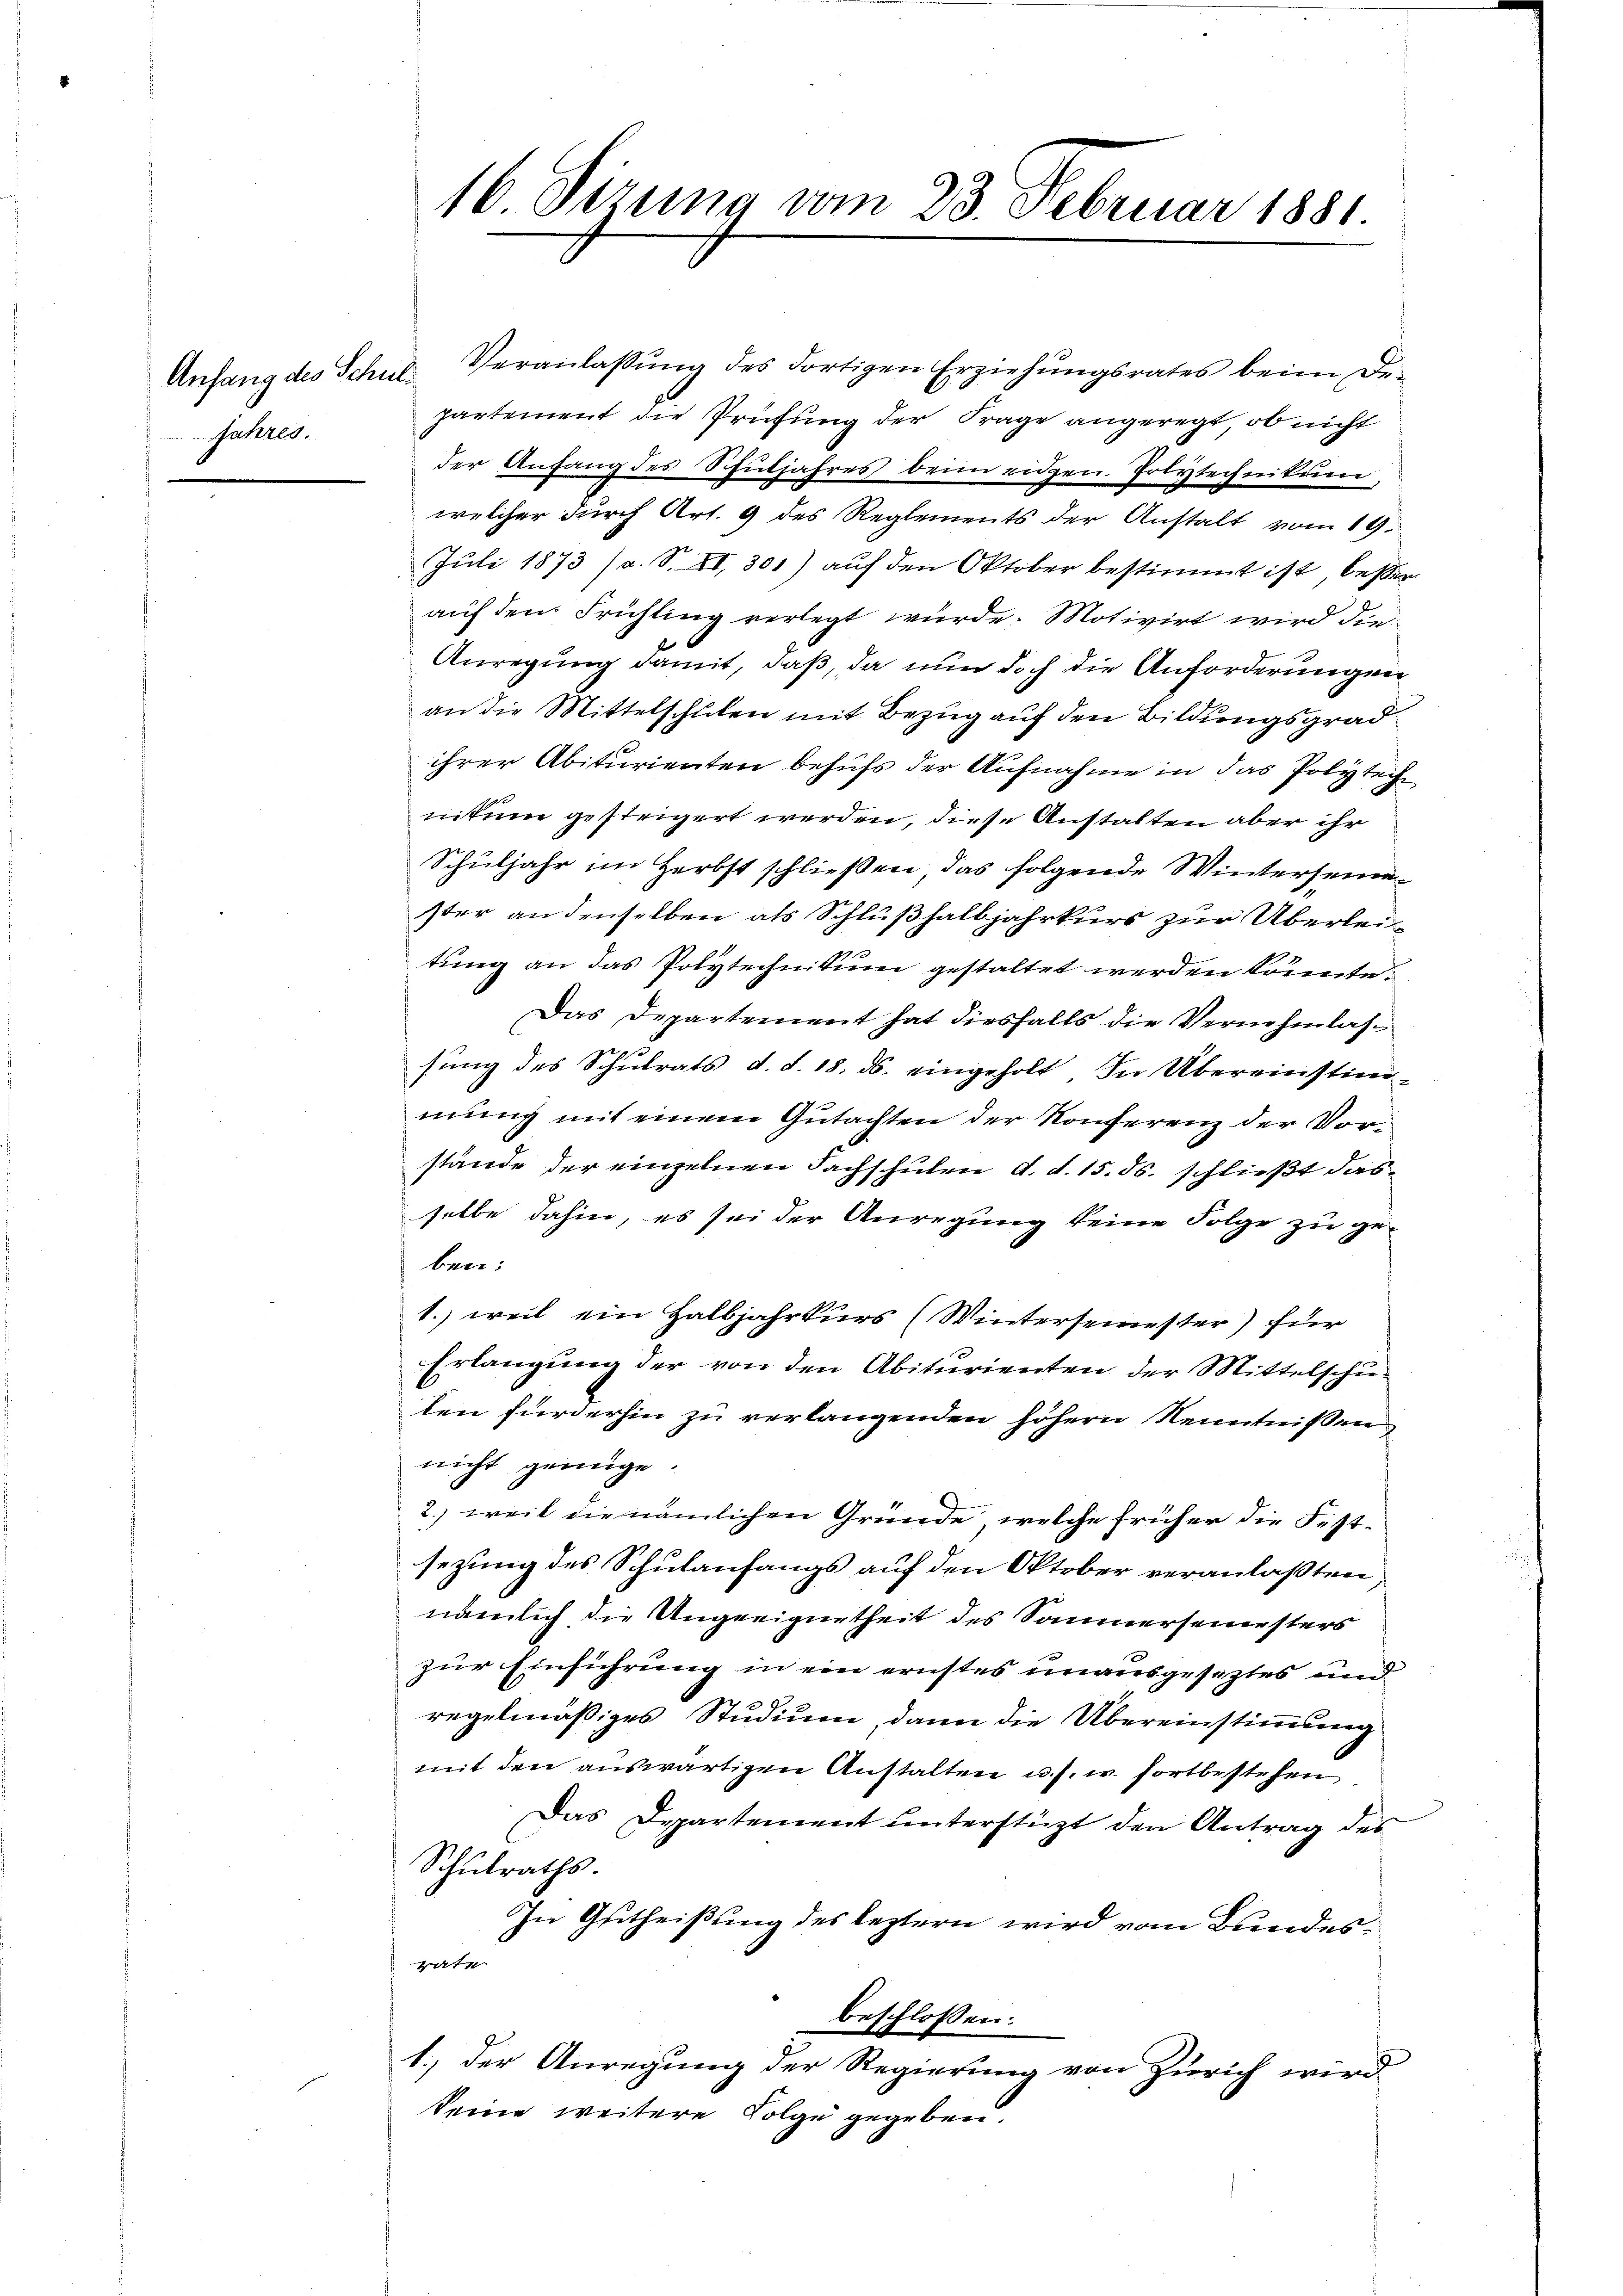
Anfang des Schul¬
Jahres.

16. Sizung vom 23. Februar 1881

Veranlaβŭng des dortigen Erziehŭngsrates beim De-
partement die Prüfung der Frage angeregt, ob nicht
der Anfang des Schuljahres beim eidgen. Polytechnikum
welcher durch Art. 9 des Reglements der Anstalt vom 19.
Juli 1873 (s. S. II, 301) auf den Oktober bestimmt ist, besser
auf den Frühling verlegt wurde. Motivirt wird die
Anregung damit, daß, da nun doch die Anforderungen
an die Mittelschulen mit Bezug auf den Bildungsgrad
ihrer Abiturienten behufs der Aufnahme in das Polytech
nitum gesteigert werden, diese Anstalten aber ihr
Schuljahr im Herbst schließen, das folgende Wintersemester an denselben als Schlußhalbjahrkurs zur Überleittung an das Polytechnikum gestaltet werden könnte.
Das Departement hat diesfalls die Vernehmlassŭng des Schŭlrats d. d. 18. ds. eingeholt. In Übereinstim-
mung mit einem Gutachten der Konferenz der Vorstände der einzelnen Fachschulen d. d. 15. ds. schließt dasselbe dahin, es sei der Anregung keine Folge zu ge-
ben:
1.) weil ein Halbjahrkurs (Wintersemester) für
Erlangung der von den Abiturienten der Mittelschulen fürderhin zu verlangenden höhern Kenntnißen,
nicht genüge
2.) weil die nämlichen Gründe, welche früher die Festsezung des Schulanfangs auf den Oktober veranlaßten
nämlich die Angeeiguetheit des Saunerseinesters
zur Einführung in ein ernstes unausgesetztes und
regelmäßiges Studium, dann die Übereinstimmung
mit den auswärtigen Anstalten u. s. w. fortbestehen
Das Departement unterstüzt den Antrag des
Schŭlraths.
In Gutheißung des leztern wird vom Bundesrate.
beschlossen:
1.) Der Anregung der Regierung von Zürich wird
keine weitere Folge gegeben.